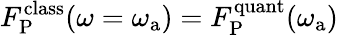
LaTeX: F_{\mathrm{P}}^{\mathrm{class}}(\omega=\omega_{\mathrm{a}})=F_{\mathrm{P}}^{\mathrm{quant}}(\omega_{\mathrm{a}})